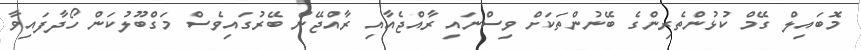
މޮބައިލް ގޭމް ކުޅުންތެރިންގެ ބޭނުންތަކަށް ވިސްނައި ރާއްޖެއާއި ރާއްޖޭން ބޭރުގައިވެސް މަގްބޫލުކަން ހޯދާފައިވާ